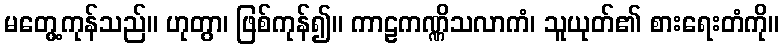
မတွေ့ကုန်သည်။ ဟုတွာ၊ ဖြစ်ကုန်၍။ ကာဠကဏ္ဏိသလာကံ၊ သူယုတ်၏ စားရေးတံကို။